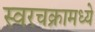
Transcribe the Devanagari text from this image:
स्वरचक्रामध्ये